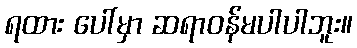
ရထား ပေါ်မှာ ဆရာဝန်မပါပါဘူး။